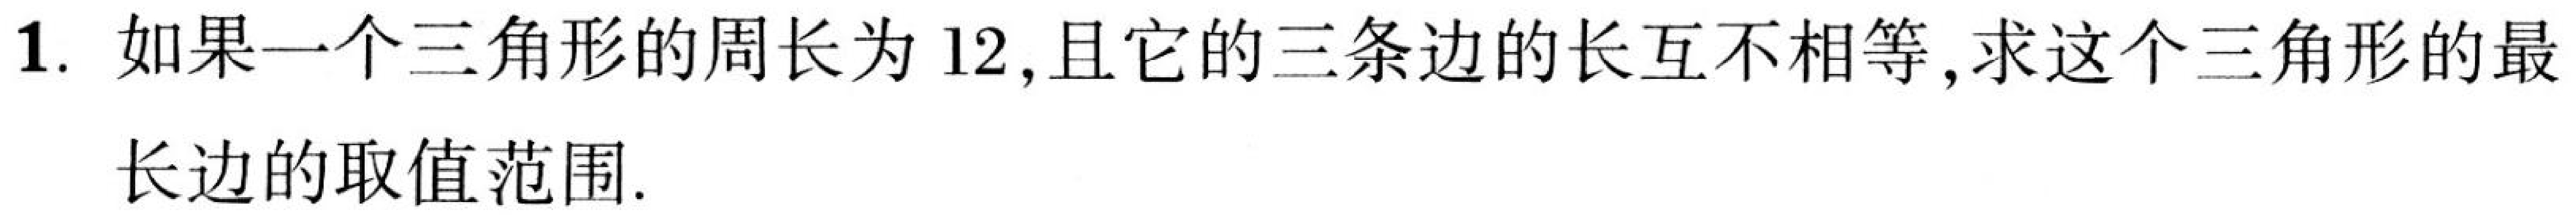
1. 如果一个三角形的周长为12,且它的三条边的长互不相等,求这个三角形的最
长边的取值范围.